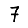
Digit: 7